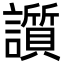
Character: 䜠